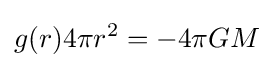
g(r)4\pi r^{2}=-4\pi GM